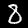
Digit: 8